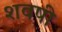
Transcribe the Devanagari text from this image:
शवषी